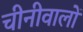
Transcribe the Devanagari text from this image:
चीनीवालों